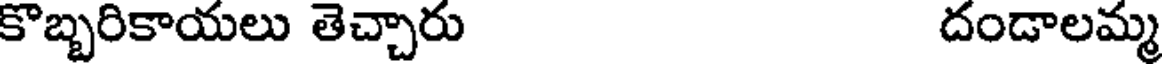
కొబ్బరికాయలు తెచ్చారు దండాలమ్మ